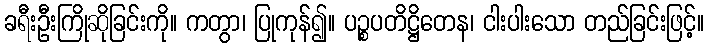
ခရီးဦးကြိုဆိုခြင်းကို။ ကတွာ၊ ပြုကုန်၍။ ပဉ္စပတိဋ္ဌိတေန၊ ငါးပါးသော တည်ခြင်းဖြင့်။